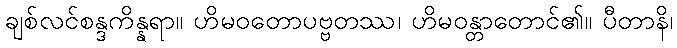
ချစ်လင်စန္ဒကိန္နရာ။ ဟိမဝတောပဗ္ဗတဿ၊ ဟိမဝန္တာတောင်၏။ ပီတာနိ၊